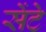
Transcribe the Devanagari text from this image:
सेंटे